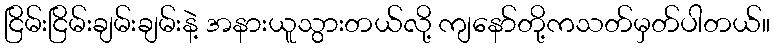
ငြိမ်းငြိမ်းချမ်းချမ်းနဲ့ အနားယူသွားတယ်လို့ ကျနော်တို့ကသတ်မှတ်ပါတယ်။